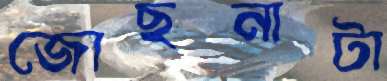
জোছনাটা